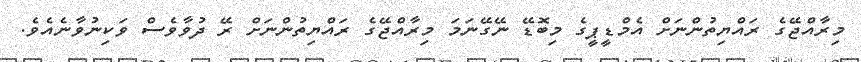
މިރާއްޖޭގެ ރައްޔިތުންނަށް އެމްޑީޕީގެ މިބޮޑޭ ނޭގޭނަމަ މިރާއްޖޭގެ ރައްޔިތުންނަށް ރޭ ދުވާވެސް ވަކިނުވާނެއެވެ.